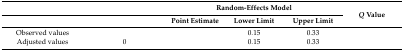
<table><thead><tr><td>[EMPTY_CELL]</td><td>[EMPTY_CELL]</td><td colspan="3"><b>Random-Effects Model</b></td><td rowspan="2"><b><i>Q</i> Value</b></td></tr><tr><td>[EMPTY_CELL]</td><td>[EMPTY_CELL]</td><td><b>Point Estimate</b></td><td><b>Lower Limit</b></td><td><b>Upper Limit</b></td></tr></thead><tbody><tr><td>Observed values</td><td>[EMPTY_CELL]</td><td>[EMPTY_CELL]</td><td>0.15</td><td>0.33</td><td>[EMPTY_CELL]</td></tr><tr><td>Adjusted values</td><td>0</td><td>[EMPTY_CELL]</td><td>0.15</td><td>0.33</td><td>[EMPTY_CELL]</td></tr></tbody></table>